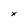
Character: x